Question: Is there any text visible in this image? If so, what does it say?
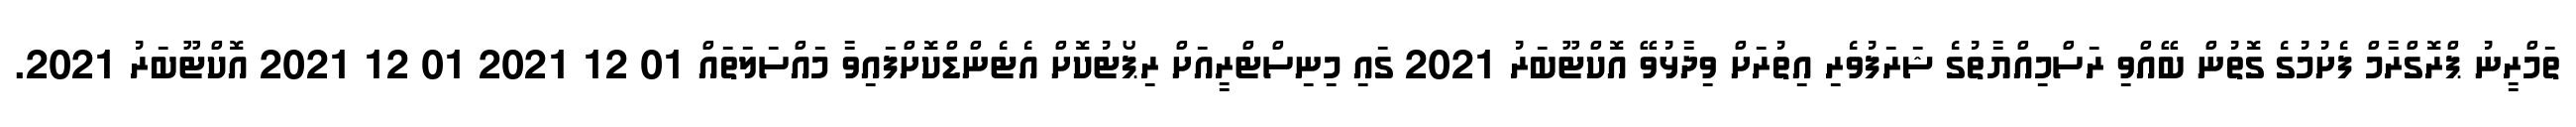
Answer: ތަމްރީނު ޕްރޮގްރާމް ފެށުމުގެ ގޮތުން ބޭއްވި ރަސްމިއްޔާތުގެ ޝަރަފުވެރި އިތުރަށް ވިދާޅުވޭ އޮކްޓޫބަރު 2021 ގައި މިނިސްޓްރީއަށް ރިޕޯޓުކޮށް އެޓެންޑްކޮށްފައިވާ މައްސަލަތައް 01 12 2021 01 12 2021 އޮކްޓޫބަރު 2021.